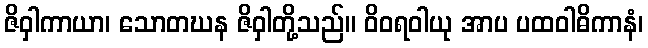
ဇိဝှါကာယာ၊ သောတဃန ဇိဝှါတို့သည်။ ဝိဝရဝါယု အာပ ပထဝါဓိကာနံ၊